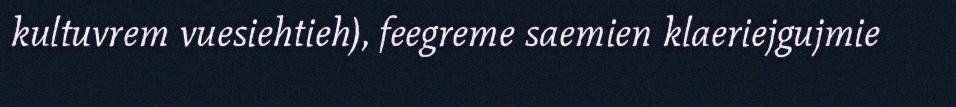
kultuvrem vuesiehtieh), feegreme saemien klaeriejgujmie